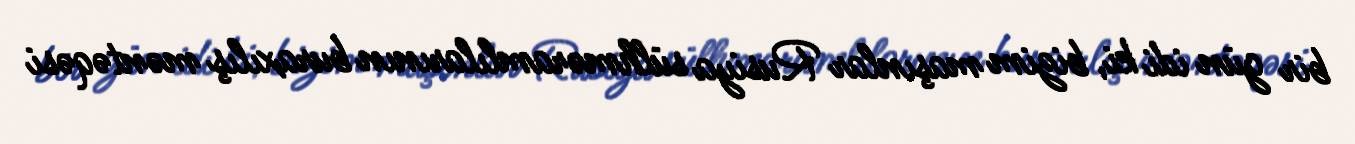
bir gün idi ki, bizim maşınlar Rusiya sülhməramlılarının buraxılış məntəqəsi